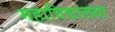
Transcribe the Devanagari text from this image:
महाविद्यालया